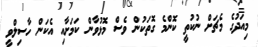
މިއަދުގެ މެޗަށް ނުކުތީ ކޮންމެ ގޮތަކުން ވެސް މޮޅުވާން ކަމަށާއި އެކަން ހާސިލްވީ